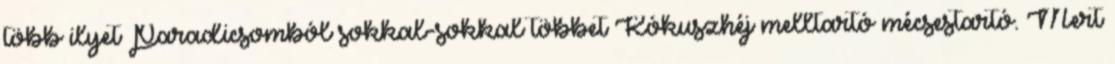
több ilyet Paradicsomból sokkal-sokkal többet Kókuszhéj melltartó mécsestartó. Mert